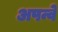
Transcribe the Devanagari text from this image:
अपन्वे